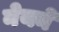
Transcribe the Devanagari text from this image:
नेयने